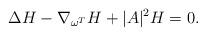
LaTeX: \begin{align*}\Delta H-\nabla_{\omega^T}H + |A|^2 H=0. \end{align*}